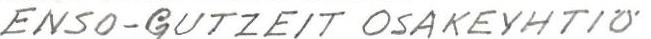
ENSO-GUTZEIT OSAKEYHTIÖ